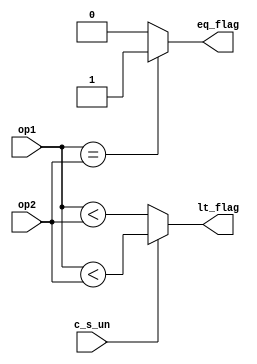
module branch_comp(
    input [31:0] op1,
    input [31:0] op2,
    input c_s_un,
    output eq_flag,
    output lt_flag
    );
	 
	 

assign lt_flag = c_s_un? op1<op2:($signed(op1) < $signed(op2));
assign eq_flag= (op1==op2)? 1'b1:1'b00; 
endmodule